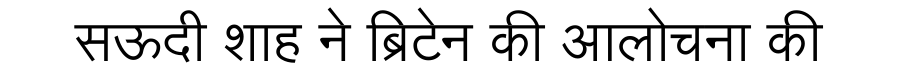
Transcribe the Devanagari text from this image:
सऊदी शाह ने ब्रिटेन की आलोचना की